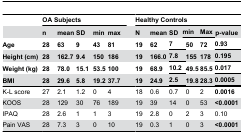
<table><thead><tr><td></td><td colspan="5"><b>OA Subjects</b></td><td></td><td colspan="8"><b>Healthy Controls</b></td></tr><tr><td></td><td><b>n</b></td><td><b>mean</b></td><td><b>SD</b></td><td><b>min</b></td><td><b>max</b></td><td></td><td><b>N</b></td><td><b>mean</b></td><td><b>SD</b></td><td colspan="2"><b>min</b></td><td colspan="2"><b>Max</b></td><td><b>p-value</b></td></tr><tr><td><b>Age</b></td><td><b>28</b></td><td><b>63</b></td><td><b>9</b></td><td><b>43</b></td><td><b>81</b></td><td></td><td><b>19</b></td><td><b>62</b></td><td colspan="2"><b>7</b></td><td><b>50</b></td><td><b>72</b></td><td colspan="2"><b>0.93</b></td></tr><tr><td><b>Height (cm)</b></td><td><b>28</b></td><td><b>162.7</b></td><td><b>9.4</b></td><td><b>150</b></td><td><b>186</b></td><td></td><td><b>19</b></td><td><b>166.0</b></td><td colspan="2"><b>7.8</b></td><td><b>155</b></td><td><b>178</b></td><td colspan="2"><b>0.195</b></td></tr><tr><td><b>Weight (kg)</b></td><td><b>28</b></td><td><b>78.0</b></td><td><b>15.1</b></td><td><b>53.5</b></td><td><b>100</b></td><td></td><td><b>19</b></td><td><b>68.9</b></td><td colspan="2"><b>10.2</b></td><td><b>49.5</b></td><td><b>85.5</b></td><td colspan="2"><b>0.017</b></td></tr><tr><td><b>BMI</b></td><td><b>28</b></td><td><b>29.6</b></td><td><b>5.8</b></td><td><b>19.2</b></td><td><b>37.7</b></td><td></td><td><b>19</b></td><td><b>24.9</b></td><td colspan="2"><b>2.5</b></td><td><b>19.8</b></td><td><b>28.3</b></td><td colspan="2"><b>0.0005</b></td></tr></thead><tbody><tr><td>K-L score</td><td>27</td><td>2.1</td><td>1.2</td><td>0</td><td>4</td><td></td><td>18</td><td>0.6</td><td colspan="2">0.7</td><td>0</td><td>2</td><td colspan="2"><b>0.0016</b></td></tr><tr><td>KOOS</td><td>28</td><td>129</td><td>30</td><td>76</td><td>189</td><td></td><td>19</td><td>39</td><td colspan="2">14</td><td>0</td><td>53</td><td colspan="2"><b>&lt;0.0001</b></td></tr><tr><td>IPAQ</td><td>28</td><td>2.6</td><td>1</td><td>1</td><td>3</td><td></td><td>19</td><td>2.8</td><td colspan="2">0</td><td>2</td><td>3</td><td colspan="2">0.10</td></tr><tr><td>Pain VAS</td><td>28</td><td>7.3</td><td>3</td><td>0</td><td>10</td><td></td><td>19</td><td>0.3</td><td colspan="2">1</td><td>0</td><td>3</td><td colspan="2"><b>&lt;0.0001</b></td></tr></tbody></table>